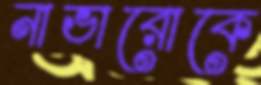
নাভারোকে